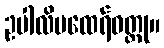
ဥပါလိမထေရ်ဝတ္ထု။